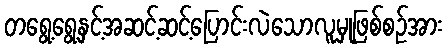
တရွေ့ရွေ့နှင့်အဆင့်ဆင့်ပြောင်းလဲသောလူမှုဖြစ်စဉ်အား